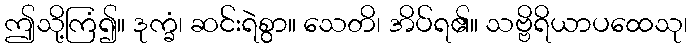
ဤသို့ကြံ၍။ ဒုက္ခံ၊ ဆင်းရဲစွာ။ သေတိ၊ အိပ်ရ၏။ သဗ္ဗိရိယာပထေသု၊